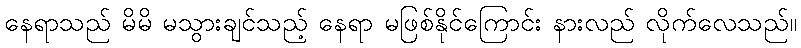
နေရာသည် မိမိ မသွားချင်သည့် နေရာ မဖြစ်နိုင်ကြောင်း နားလည် လိုက်လေသည်။